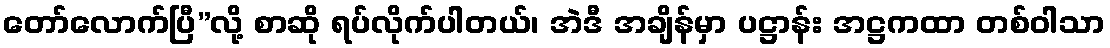
တော်လောက်ပြီ”လို့ စာဆို ရပ်လိုက်ပါတယ်၊ အဲဒီ အချိန်မှာ ပဋ္ဌာန်း အဋ္ဌကထာ တစ်ဝါသာ